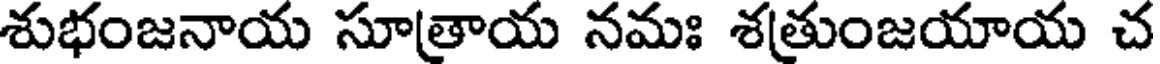
శుభంజనాయ సూత్రాయ నమః శత్రుంజయాయ చ